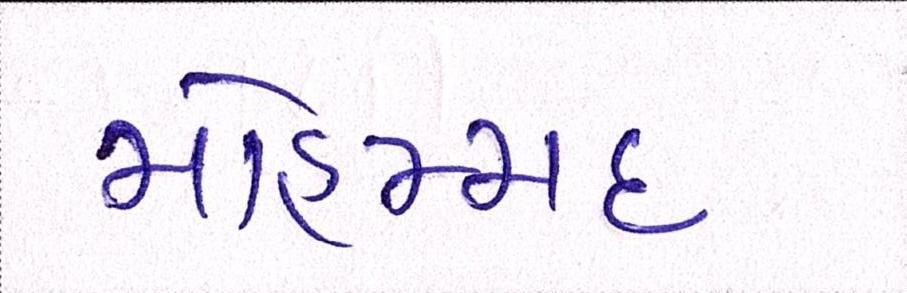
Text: મોહમ્મદ